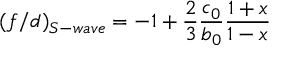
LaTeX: ( f / d ) _ { S - w a v e } = - 1 + \frac { 2 } { 3 } \frac { c _ { 0 } } { b _ { 0 } } \frac { 1 + x } { 1 - x }